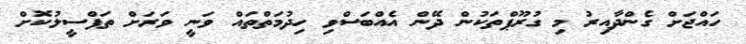
ހައްޖަށް ގެންދާއިރު މި ގުރޫޕްތަކުން ދޭން އެއްބަސްވި ހިދުމަތްތައް ވަނީ ވަރަށް ތަފްސީލުކޮށް